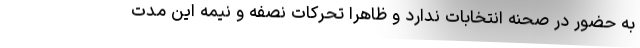
به حضور در صحنه انتخابات ندارد و ظاهرا تحرکات نصفه و نیمه این مدت